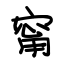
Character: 甯